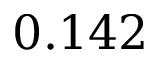
0 . 1 4 2